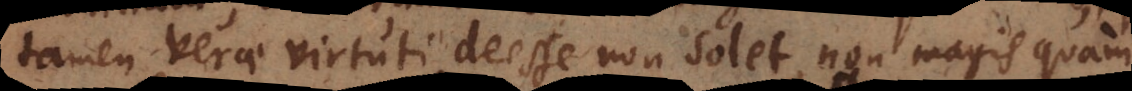
tamen verae virtuti deesse non solet, non magis quam